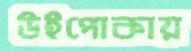
উইপোকায়